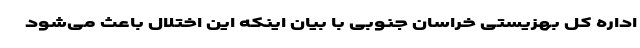
اداره کل بهزیستی خراسان جنوبی با بیان اینکه این اختلال باعث می‌شود